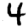
Digit: 4